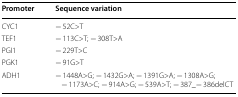
| Promoter | Sequence variation |
 | --- | --- |
 | CYC1 | − 52C>T |
 | TEF1 | − 113C>T; − 308T>A |
 | PGI1 | − 229T>C |
 | PGK1 | − 91G>T |
 | ADH1 | − 1448A>G; − 1432G>A; − 1391G>A; − 1308A>G; − 1173A>C; − 914A>G; − 539A>T; − 387_− 386delCT |